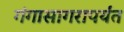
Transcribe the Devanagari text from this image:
गंगासागरापर्यंत